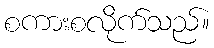
စကားစလိုက်သည်။